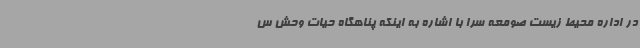
در اداره محیط زیست صومعه سرا با اشاره به اینکه پناهگاه حیات وحش س